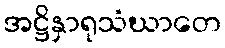
အဋ္ဌိနှာရုသံဃာတေ